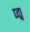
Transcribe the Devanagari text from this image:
प्द्म